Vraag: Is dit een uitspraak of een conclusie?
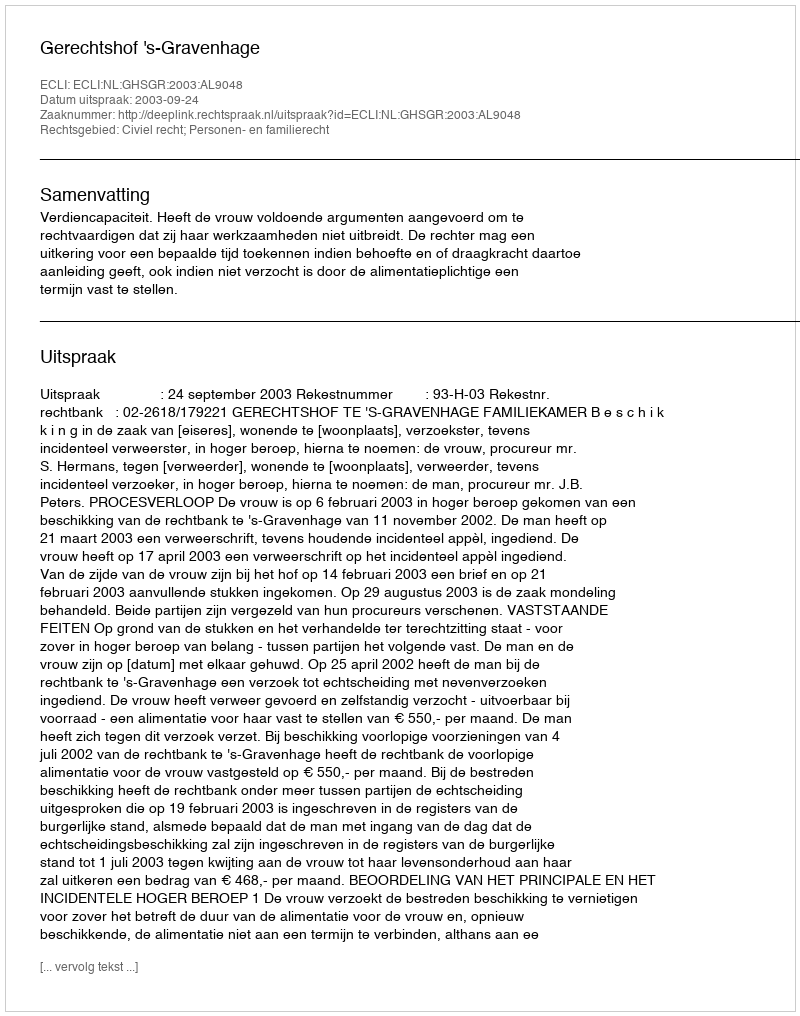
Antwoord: Uitspraak